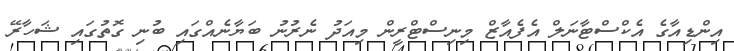
އިންޑިއާގެ އެކްްްސްޓާނަލް އެފެއާޒް މިނިސްޓްރީން މިއަދު ނެރުނު ބަޔާނެއްގައި ބުނި ގޮތުގައި ޝަހާރޭ